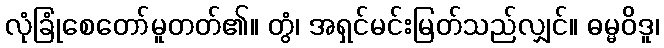
လုံခြုံစေတော်မူတတ်၏။ တွံ၊ အရှင်မင်းမြတ်သည်လျှင်။ ဓမ္မဝိဒူ၊